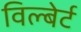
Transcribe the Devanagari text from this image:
विल्बेर्ट